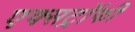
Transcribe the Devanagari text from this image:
एक्सट्रॉफी